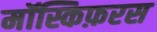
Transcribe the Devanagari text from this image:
मॉस्किफ़रस